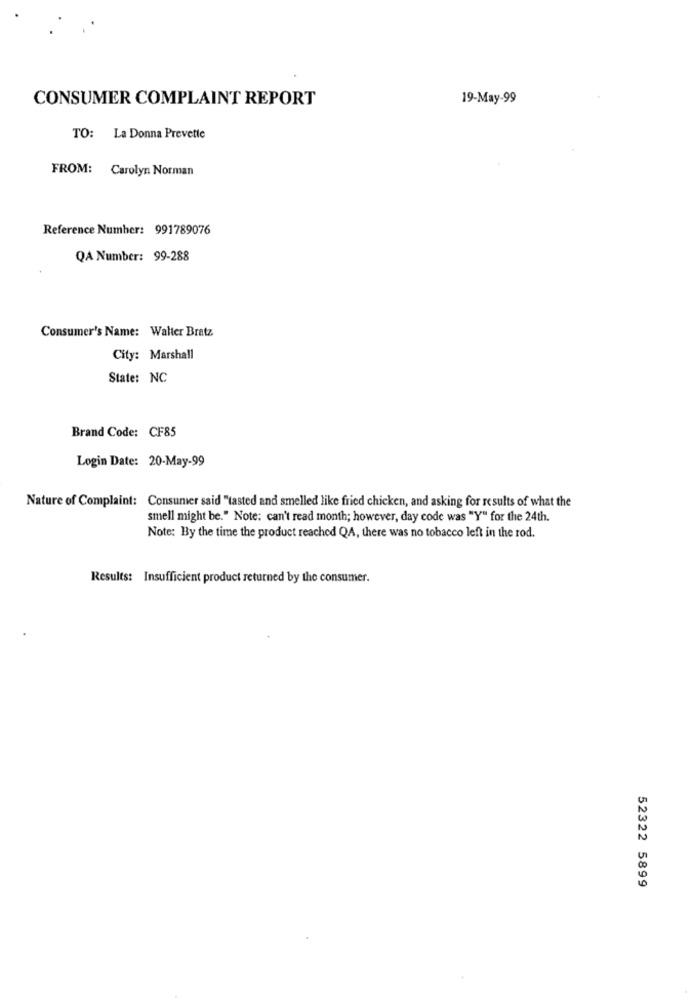
CONSUMER COMPLAINT REPORT
19-May-99
TO: La Donna Prevette
FROM: Carolyn Norman
Reference Number: 991789076
QA Number: 99-288
Consumer's Name: Walter Bratz
City: Marshall
State: NC
Brand Code: CF85
Login Date: 20-May-99
Nature of Complaint: Consumer said "tasted and smelled like fried chicken, and asking for results of what the
smell might be." Note: can't read month; however, day code was "Y" for the 24th.
Note: By the time the product reached QA, there was no tobacco left in the rod.
Results: Insufficient product returned by the consumer.
52322 5899